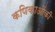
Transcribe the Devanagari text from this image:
कणिकाओंकी